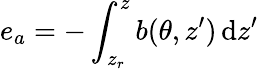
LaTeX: e_{a}=-\int_{z_{r}}^{z}b(\theta,z^{\prime})\, \mathrm{d}z^{\prime}